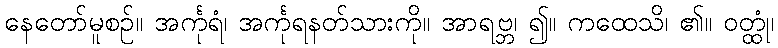
နေတော်မူစဉ်။ အင်္ကုရံ၊ အင်္ကုရနတ်သားကို။ အာရဗ္ဘ၊ ၍။ ကထေသိ၊ ၏။ ဝတ္ထုံ၊